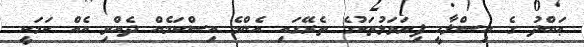
ޢަބްދު ގެ އިސްލާހީ ފިޔަވަޅުތަކުގެ ތެރޭގައި އެންމެ އިސްކަމެއް ދެއްވި އެއް ކަމަކީ